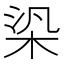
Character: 𣑃